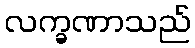
လက္ခဏာသည်